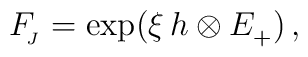
F_{\!_{J}}=\exp(\xi\,h \otimes E_{+}^{})\, ,